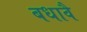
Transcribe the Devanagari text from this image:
बधावै